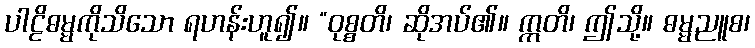
ပါဠိဓမ္မကိုသိသော ရဟန်းဟူ၍။ “ဝုစ္စတိ၊ ဆိုအပ်၏။ ဣတိ၊ ဤသို့။ ဓမ္မညူစ၊